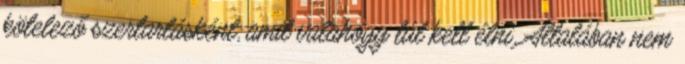
kötelező szertartásként, amit valahogy túl kell élni. Általában nem